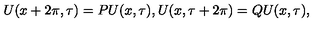
U ( x + 2 \pi , \tau ) = P U ( x , \tau ) , U ( x , \tau + 2 \pi ) = Q U ( x , \tau ) ,